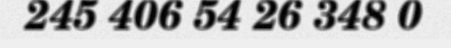
245 406 54 26 348 0